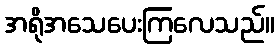
အရိုအသေပေးကြလေသည်။